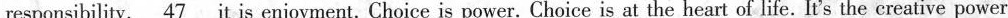
responsibility. \underline{47} it is enjoyment. Choice is power. Choice is at the heart of life. It's the creative power